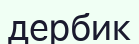
дербик